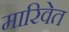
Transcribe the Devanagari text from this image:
मारिवेत